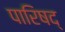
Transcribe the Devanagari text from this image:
पारिषद्